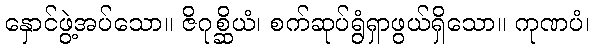
နှောင်ဖွဲ့အပ်သော။ ဇိဂုစ္ဆိယံ၊ စက်ဆုပ်ရွံရှာဖွယ်ရှိသော။ ကုဏပံ၊